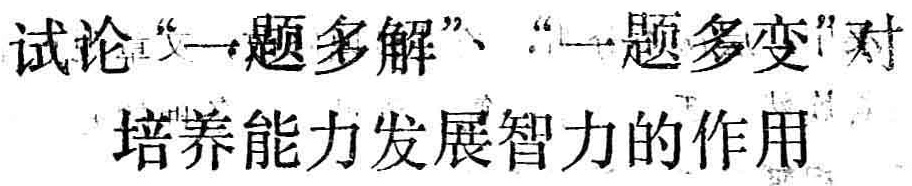
试论“一题多解”、“一题多变”对培养能力发展智力的作用